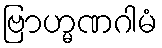
ဗြာဟ္မဏဂါမံ